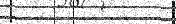
٢٨